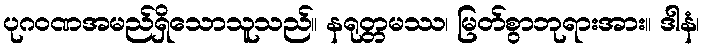
ပုဂဝဏအမည်ရှိသောသူသည်။ နရုတ္တမဿ၊ မြတ်စွာဘုရားအား။ ဒါနံ၊